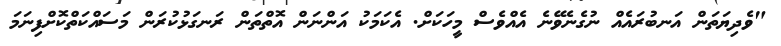
"ވެދިޔަތަން އަނބުރައެއް ނުގެނެވޭނެ އެއްވެސް މީހަކަށް. އެކަމަކު އަންނަން އޮތްތަން ރަނގަޅުކުރަން މަސައްކަތްކޮށްފިނަމަ